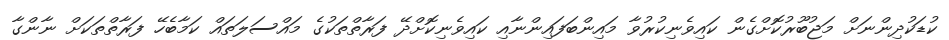
ކުޑަކުދިންނަށް މަޖުބޫރުކޮށްގެން ކައިވެނިކުރުވާ މައިންބަފައިންނާއި ކައިވެނިކޮށްދޭ ފަރާތްތަކުގެ މައްސަލަތައް ކަމާބެހޭ ފަރާތްތަކަށް ނާންގާ